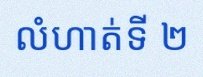
លំហាត់ទី ២